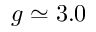
g \simeq 3 . 0